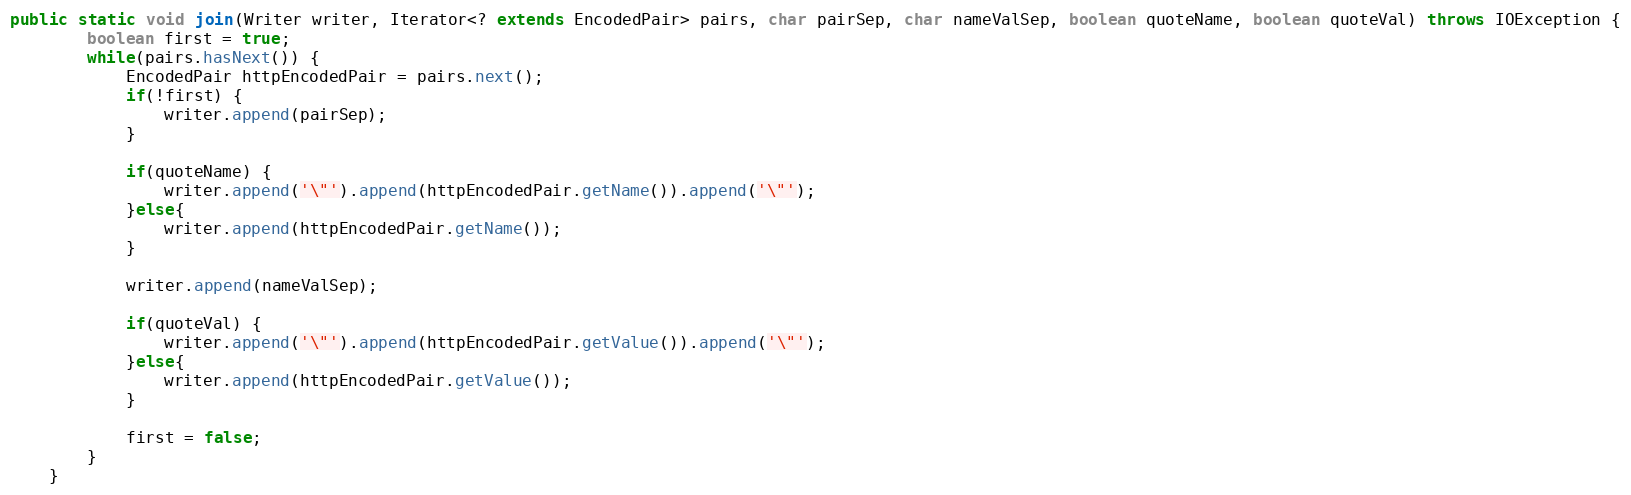
Language: Java
public static void join(Writer writer, Iterator<? extends EncodedPair> pairs, char pairSep, char nameValSep, boolean quoteName, boolean quoteVal) throws IOException {
        boolean first = true;
        while(pairs.hasNext()) {
            EncodedPair httpEncodedPair = pairs.next();
            if(!first) {
                writer.append(pairSep);
            }

            if(quoteName) {
                writer.append('\"').append(httpEncodedPair.getName()).append('\"');
            }else{
                writer.append(httpEncodedPair.getName());
            }

            writer.append(nameValSep);

            if(quoteVal) {
                writer.append('\"').append(httpEncodedPair.getValue()).append('\"');
            }else{
                writer.append(httpEncodedPair.getValue());
            }

            first = false;
        }
    }